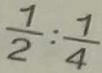
\frac { 7 } { 2 } : \frac { 7 } { 4 }